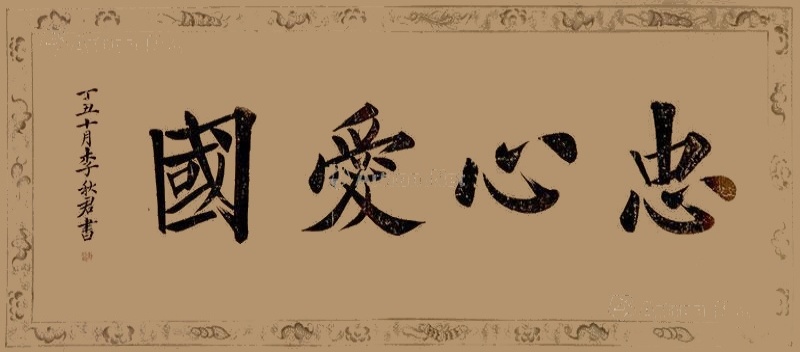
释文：忠心爱国丁丑十月，李秋君书。